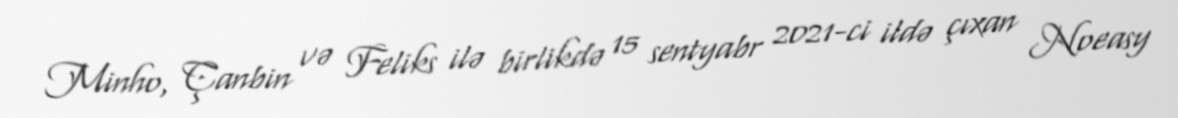
Minho, Çanbin və Feliks ilə birlikdə 15 sentyabr 2021-ci ildə çıxan Noeasy